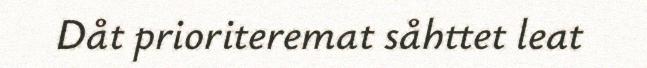
Dåt prioriteremat såhttet leat